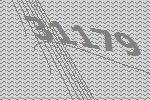
31179